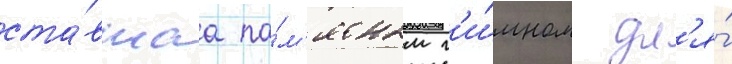
ста́вшаа па́м'ятным г'и́мном дл'я́